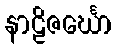
နာဠိဇင်္ဃော